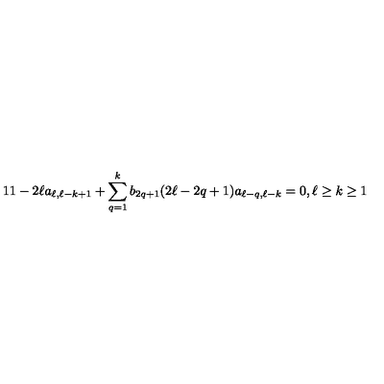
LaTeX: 1 1 - 2 \ell a _ { \ell , \ell - k + 1 } + \sum _ { q = 1 } ^ { k } b _ { 2 q + 1 } ( 2 \ell - 2 q + 1 ) a _ { \ell - q , \ell - k } = 0 , \ell \geq k \geq 1